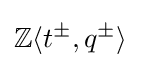
\mathbb {Z} \langle t^{\pm },q^{\pm }\rangle